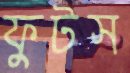
ফুটস